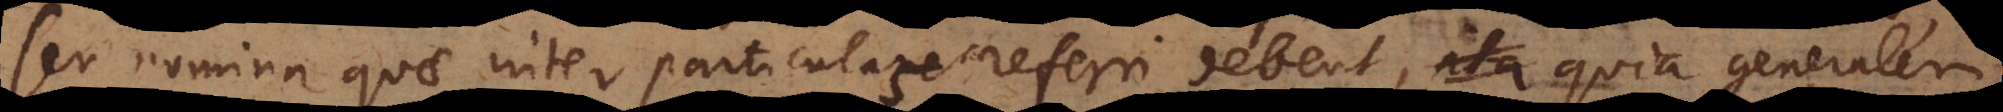
seu nomina quae inter particulas referri debent, ita quia generalem